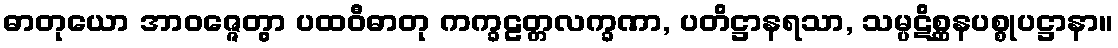
ဓာတုယော အာဝဇ္ဇေတွာ ပထဝီဓာတု ကက္ခဠတ္တလက္ခဏာ, ပတိဋ္ဌာနရသာ, သမ္ပဋိစ္ဆနပစ္စုပဋ္ဌာနာ။